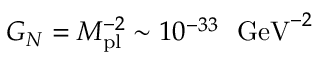
G _ { N } = M _ { \mathrm { p l } } ^ { - 2 } \sim 1 0 ^ { - 3 3 } \ \ \mathrm { G e V } ^ { - 2 }